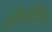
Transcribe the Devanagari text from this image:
अवैवाहित